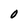
Character: 0